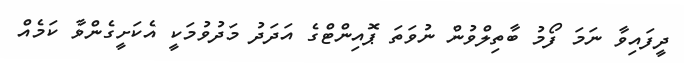
ދީފައިވާ ނަމަ ފޯމު ބާތިލްވުން ނުވަތަ ޕޮއިންޓްގެ އަދަދު މަދުވުމަކީ އެކަށީގެންވާ ކަމެއް